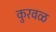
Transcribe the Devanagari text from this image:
कुरवळ